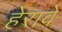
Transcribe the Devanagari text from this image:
हेरावे